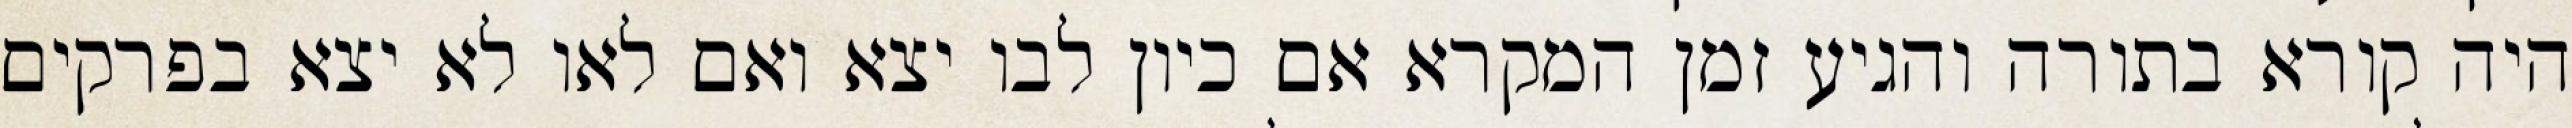
היה קורא בתורה והגיע זמן המקרא אם כיון לבו יצא ואם לאו לא יצא בפרקים